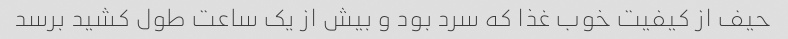
حیف از کیفیت خوب غذا که سرد بود و بیش از یک ساعت طول کشید برسد